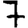
Digit: 7